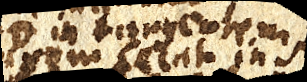
axem secat in S.